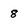
Character: 8